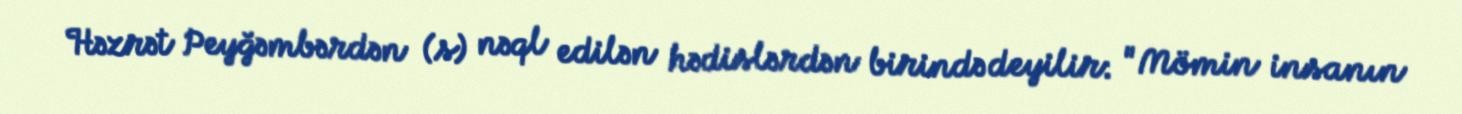
Həzrət Peyğəmbərdən (s) nəql edilən hədislərdən birində deyilir: "Mömin insanın